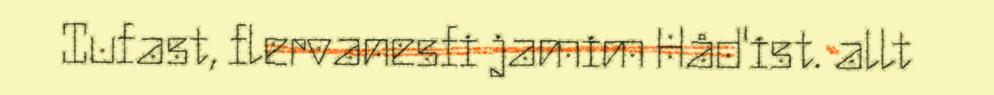
Iufast, flervanesfi jamim Håd'ist. allt